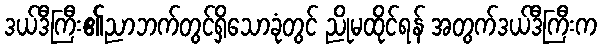
ဒယ်ဒီကြီး၏ညာဘက်တွင်ရှိသောခုံတွင် ညိုမထိုင်ရန် အတွက်ဒယ်ဒီကြီးက